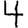
Digit: 4